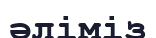
әліміз